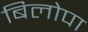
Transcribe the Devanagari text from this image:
बिलोपा